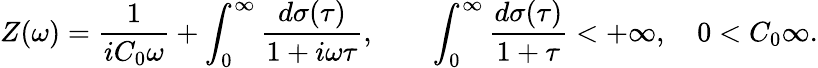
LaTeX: Z(\omega)=\displaystyle\frac{1}{iC_{0}\omega}+\int_{0}^{\infty}\frac{d\sigma(\tau)}{1+i\omega\tau},\qquad\int_{0}^{\infty}\frac{d\sigma(\tau)}{1+\tau}<+\infty,\quad 0<C_{0}\le\infty.